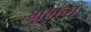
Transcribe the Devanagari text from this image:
भ्रूभंग